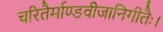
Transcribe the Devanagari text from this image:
चरितैर्माण्डवीजानिगीतैः।